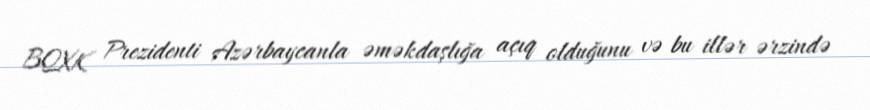
BQXK Prezidenti Azərbaycanla əməkdaşlığa açıq olduğunu və bu illər ərzində